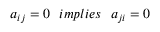
a _ { i j } = 0 \: \: \: i m p l i e s \: \: \: a _ { j i } = 0